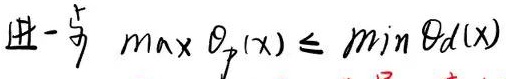
进一步 \(\max \theta_p(x)\leq\min \theta_d(x)\)